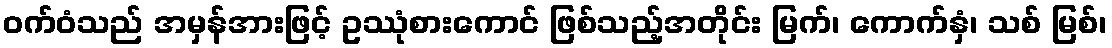
ဝက်ဝံသည် အမှန်အားဖြင့် ဥဿုံစားကောင် ဖြစ်သည့်အတိုင်း မြက်၊ ကောက်နှံ၊ သစ် မြစ်၊